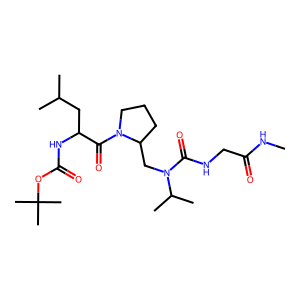
SMILES: CNC(=O)CNC(=O)N(CC1CCCN1C(=O)C(CC(C)C)NC(=O)OC(C)(C)C)C(C)C
Inhibits HIV replication: No